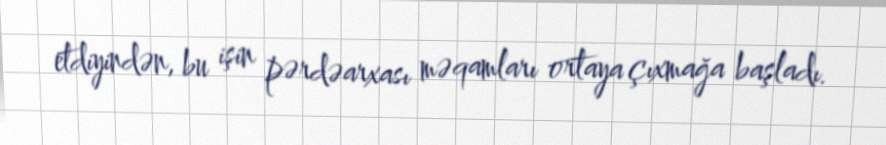
etdiyindən, bu işin pərdəarxası məqamları ortaya çıxmağa başladı.